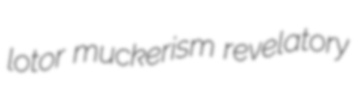
lotor muckerism revelatory